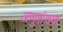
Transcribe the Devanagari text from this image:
अणुसंख्या